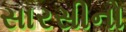
સારસીનો